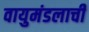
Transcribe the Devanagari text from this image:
वायुमंडलाची